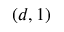
( d , 1 )